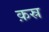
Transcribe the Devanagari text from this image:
क़स्र